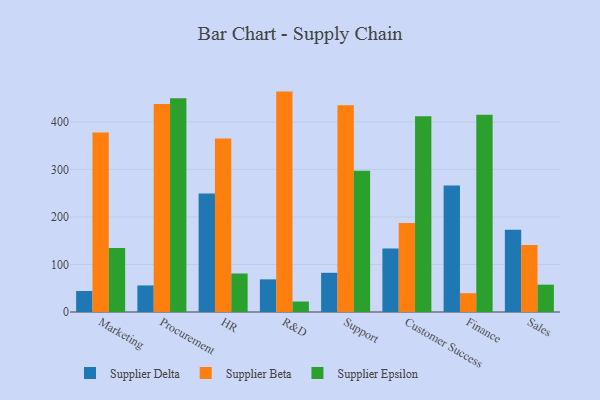
{"axis": {"x": "Department", "y": "Satisfaction Score"}, "legend": ["Supplier Beta", "Supplier Delta", "Supplier Epsilon"], "data": [{"x": "Marketing", "y": 44.2, "type": "Supplier Delta"}, {"x": "Marketing", "y": 377.5, "type": "Supplier Beta"}, {"x": "Marketing", "y": 134.9, "type": "Supplier Epsilon"}, {"x": "Procurement", "y": 55.9, "type": "Supplier Delta"}, {"x": "Procurement", "y": 437.5, "type": "Supplier Beta"}, {"x": "Procurement", "y": 449.8, "type": "Supplier Epsilon"}, {"x": "HR", "y": 249.5, "type": "Supplier Delta"}, {"x": "HR", "y": 364.9, "type": "Supplier Beta"}, {"x": "HR", "y": 81.0, "type": "Supplier Epsilon"}, {"x": "R&D", "y": 68.7, "type": "Supplier Delta"}, {"x": "R&D", "y": 463.7, "type": "Supplier Beta"}, {"x": "R&D", "y": 22.0, "type": "Supplier Epsilon"}, {"x": "Support", "y": 82.5, "type": "Supplier Delta"}, {"x": "Support", "y": 434.9, "type": "Supplier Beta"}, {"x": "Support", "y": 297.1, "type": "Supplier Epsilon"}, {"x": "Customer Success", "y": 133.5, "type": "Supplier Delta"}, {"x": "Customer Success", "y": 187.3, "type": "Supplier Beta"}, {"x": "Customer Success", "y": 411.9, "type": "Supplier Epsilon"}, {"x": "Finance", "y": 266.4, "type": "Supplier Delta"}, {"x": "Finance", "y": 39.6, "type": "Supplier Beta"}, {"x": "Finance", "y": 414.9, "type": "Supplier Epsilon"}, {"x": "Sales", "y": 173.2, "type": "Supplier Delta"}, {"x": "Sales", "y": 141.0, "type": "Supplier Beta"}, {"x": "Sales", "y": 57.5, "type": "Supplier Epsilon"}]}